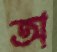
অ